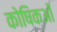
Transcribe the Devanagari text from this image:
कोषिकओं